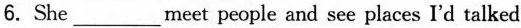
6. She___meet people and see places I'd talked